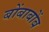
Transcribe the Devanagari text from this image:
बोंबाबोंब